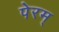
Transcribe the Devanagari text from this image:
पेरम्